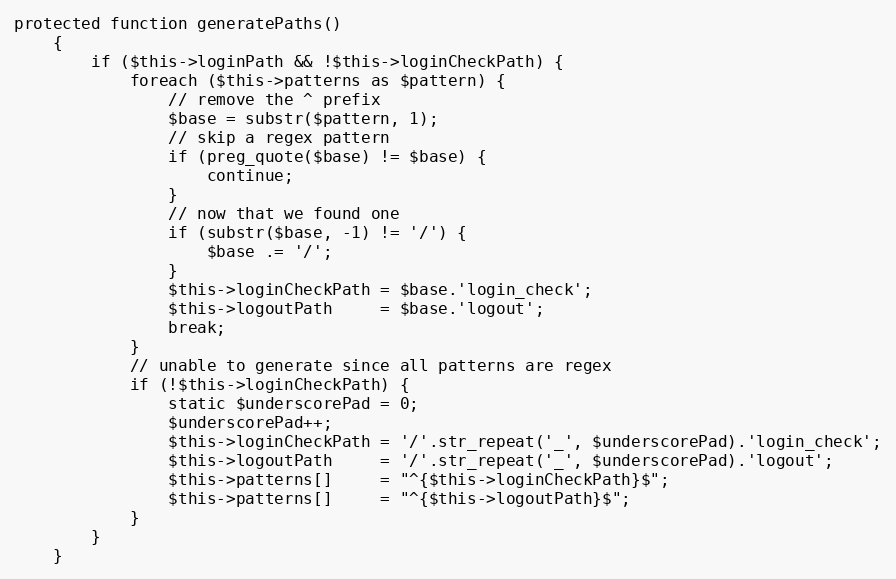
Language: PHP
protected function generatePaths()
    {
        if ($this->loginPath && !$this->loginCheckPath) {
            foreach ($this->patterns as $pattern) {
                // remove the ^ prefix
                $base = substr($pattern, 1);
                // skip a regex pattern
                if (preg_quote($base) != $base) {
                    continue;
                }
                // now that we found one
                if (substr($base, -1) != '/') {
                    $base .= '/';
                }
                $this->loginCheckPath = $base.'login_check';
                $this->logoutPath     = $base.'logout';
                break;
            }
            // unable to generate since all patterns are regex
            if (!$this->loginCheckPath) {
                static $underscorePad = 0;
                $underscorePad++;
                $this->loginCheckPath = '/'.str_repeat('_', $underscorePad).'login_check';
                $this->logoutPath     = '/'.str_repeat('_', $underscorePad).'logout';
                $this->patterns[]     = "^{$this->loginCheckPath}$";
                $this->patterns[]     = "^{$this->logoutPath}$";
            }
        }
    }